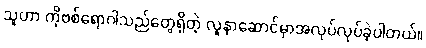
သူဟာ ကိုဗစ်ရောဂါသည်တွေရှိတဲ့ လူနာဆောင်မှာအလုပ်လုပ်ခဲ့ပါတယ်။